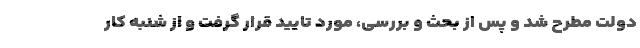
دولت مطرح شد و پس از بحث و بررسی، مورد تایید قرار گرفت و از شنبه کار